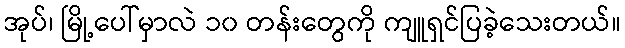
အုပ်၊ မြို့ပေါ်မှာလဲ ၁၀ တန်းတွေကို ကျူရှင်ပြခဲ့သေးတယ်။